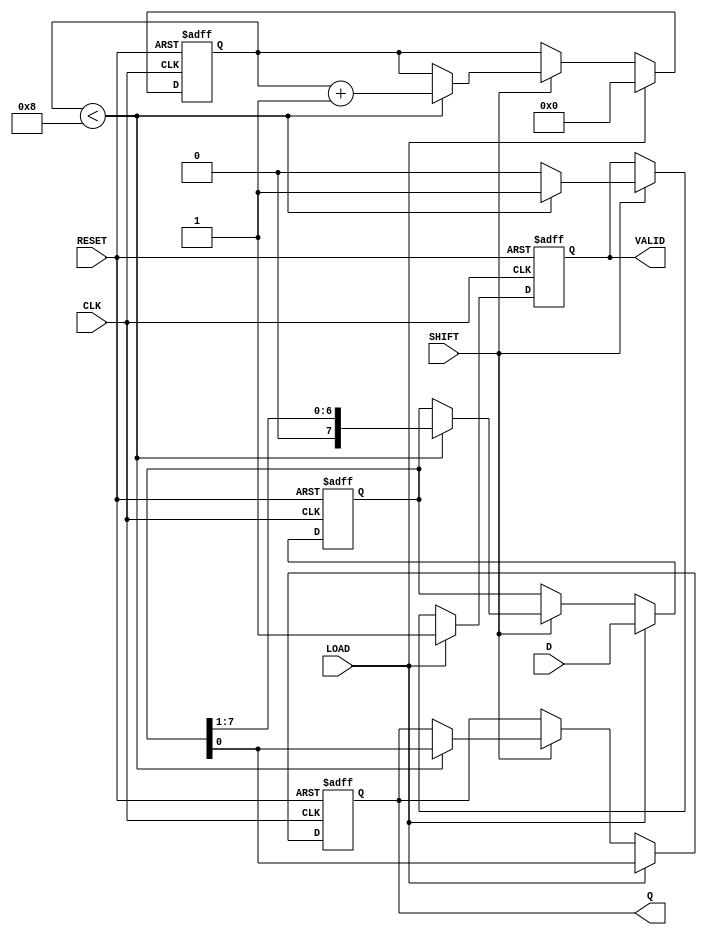
module PISO #(parameter n = 8) (
    input  wire [n-1:0] D,       // Parallel Data Input
    input  wire LOAD,             // Load Signal
    input  wire SHIFT,            // Shift Signal
    input  wire CLK,              // Clock Signal
    input  wire RESET,            // Reset Signal
    output reg  Q,                // Serial Output
    output reg  VALID             // Shifted Data Valid Signal
);

    reg [n-1:0] SR;               // Internal Shift Register
    reg [3:0] count;              // Counter to track the number of shifts

    always @(posedge CLK or posedge RESET) begin
        if (RESET) begin
            SR <= {n{1'b0}};       // Clear the shift register on reset
            Q <= 1'b0;            // Clear the serial output
            VALID <= 1'b0;        // Clear the valid signal
            count <= 4'b0;        // Reset the shift count
        end else begin
            if (LOAD) begin
                SR <= D;           // Load parallel data into the shift register
                Q <= SR[0];        // Output the LSB
                VALID <= 1'b1;     // Indicate that valid data is available
                count <= 4'b0;     // Reset the shift counter
            end else if (SHIFT) begin
                if (count < n) begin
                    Q <= SR[0];     // Output the LSB
                    SR <= {1'b0, SR[n-1:1]}; // Shift right and fill MSB with 0
                    count <= count + 1; // Increment the count of shifts
                    VALID <= 1'b1;     // Indicate that valid data is available
                end else begin
                    VALID <= 1'b0;     // No valid data if all shifts are complete
                end
            end
        end
    end
endmodule